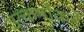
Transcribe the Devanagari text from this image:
उत्कर्षाकडे